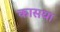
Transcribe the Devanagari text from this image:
कासया